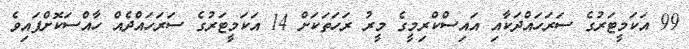
99 އަކަމީޓަރުގެ ސަރަހައްދަކާއި އައިސްކްރިމީގެ މީރު ރަހަތަކަށް 14 އަކަމީޓަރުގެ ސަރަހައްދެއް ހާއްސަކޮށްފައިވެ